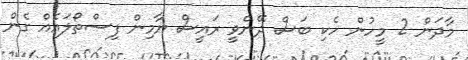
މާދަން 2 މީހުން ހެކި ބަސް ދޭންވީ ރައީސް ޔާމިން ފިސްތޯލައެއް ގެން